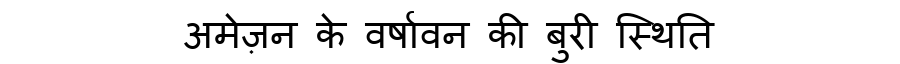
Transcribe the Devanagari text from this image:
अमेज़न के वर्षावन की बुरी स्थिति